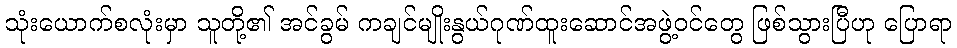
သုံးယောက်စလုံးမှာ သူတို့၏ အင်ခွမ် ကချင်မျိုးနွယ်ဂုဏ်ထူးဆောင်အဖွဲ့ဝင်တွေ ဖြစ်သွားပြီဟု ပြောရာ